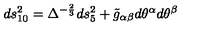
d s _ { 1 0 } ^ { 2 } = \Delta ^ { - \frac { 2 } { 3 } } d s _ { 5 } ^ { 2 } + \tilde { g } _ { \alpha \beta } d \theta ^ { \alpha } d \theta ^ { \beta }